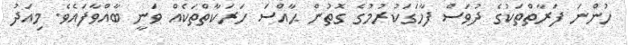
ހުންނަ ފަރާތްތަކުގެ ދުވަސް ފާހަގަކުރުމުގެ ގޮތުން ޙާއްސަ ހަރަކާތްތަކެއް ވަނީ ބާއްވާފައެވެ. މިއަދު